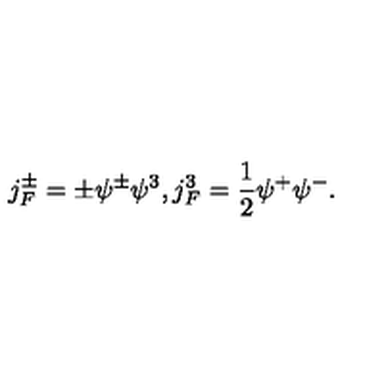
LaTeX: j _ { F } ^ { \pm } = \pm \psi ^ { \pm } \psi ^ { 3 } , j _ { F } ^ { 3 } = \frac { 1 } { 2 } \psi ^ { + } \psi ^ { - } .